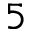
5